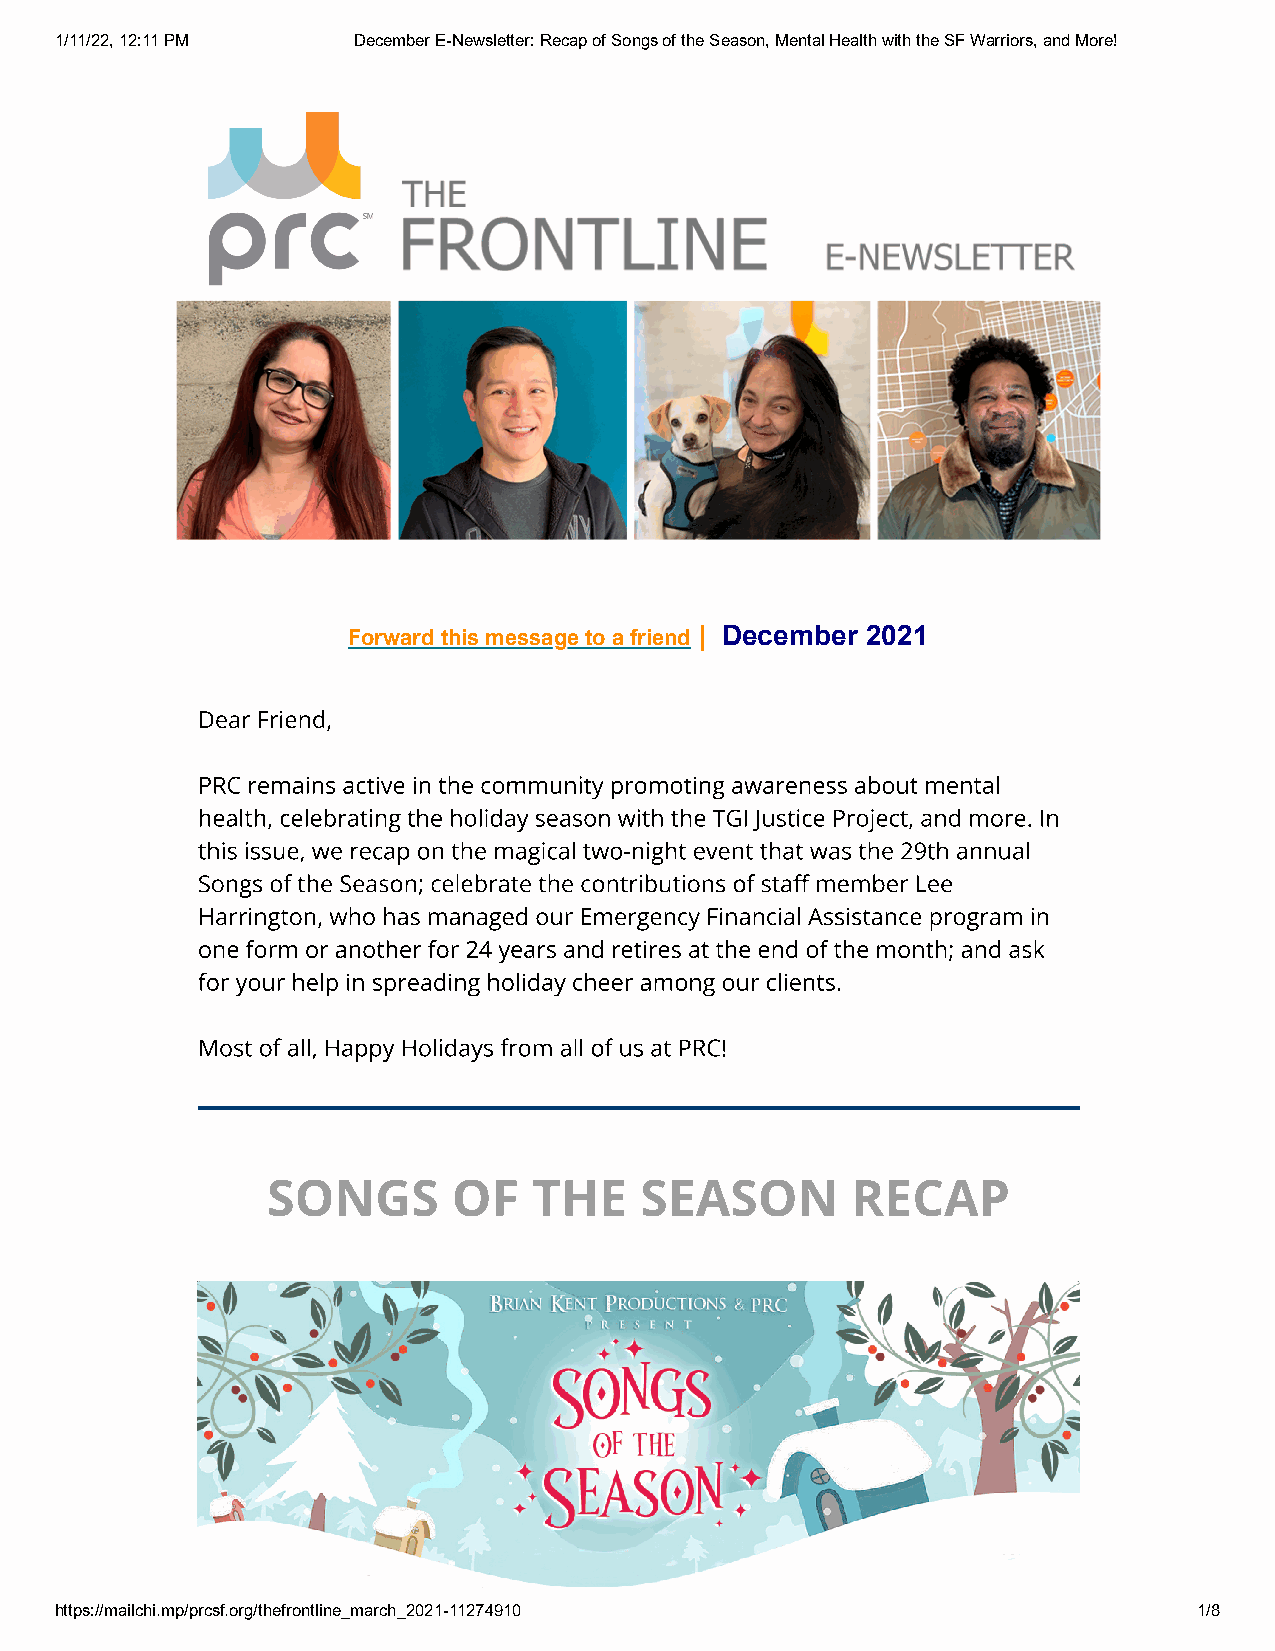
1/11/22, 12:11 PM  December E-Newsletter: Recap of Songs of the Season, Mental Health with the SF Warriors, and More!
 Forward this message to a friend | December 2021
 Dear Friend,
 PRC remains active in the community promoting awareness about mental
 health, celebrating the holiday season with the TGI Justice Project, and more. In
 this issue, we recap on the magical two-night event that was the 29th annual
 Songs of the Season; celebrate the contributions of sta member Lee
 Harrington, who has managed our Emergency Financial Assistance program in
 one form or another for 24 years and retires at the end of the month; and ask
 for your help in spreading holiday cheer among our clients.
 Most of all, Happy Holidays from all of us at PRC!
 SONGS       OF   THE    SEASON        RECAP
 https://mailchi.mp/prcsf.org/thefrontline_march_2021-11274910              1/8